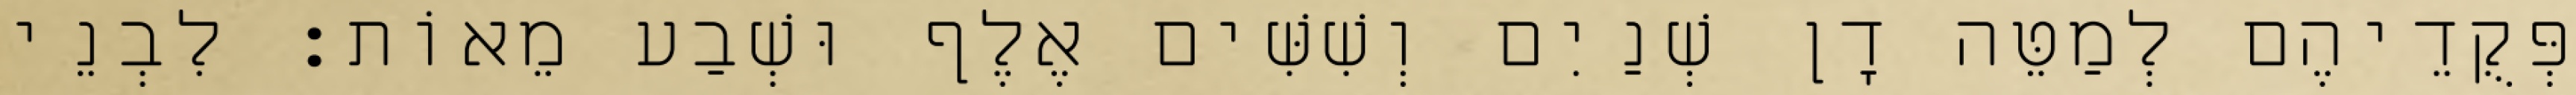
פְּקֻדֵיהֶם לְמַטֵּה דָן שְׁנַיִם וְשִׁשִּׁים אֶלֶף וּשְׁבַע מֵאוֹת׃ לִבְנֵי